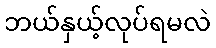
ဘယ်နှယ့်လုပ်ရမလဲ